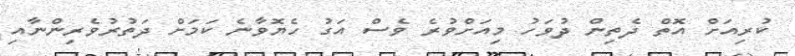
ކުރިއަށް އޮތް ދެތިން ދުވަހު މިއަށްވުރެ ވެސް އަގު ހެޔޮވާނެ ކަަމަށް ދަތުރުވެރިންނާއި